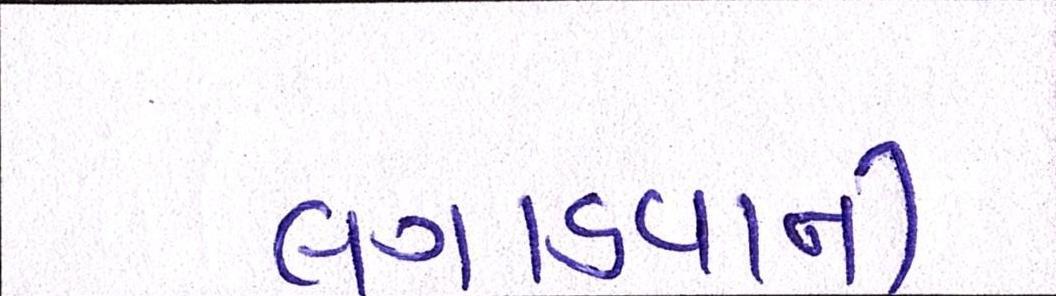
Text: લગાડવાની